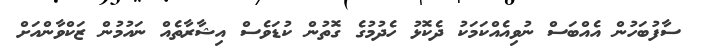
ސާފުބަހުން އެއްބަސް ނުވިއެއްކަމަކު ދެކޮޅު ހެދުމުގެ ގޮތުން ކުޑަވެސް އިޝާރާތެއް ނައުމުން ޒަކްވާންއަށް